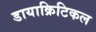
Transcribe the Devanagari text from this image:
डायाक्रिटिकल